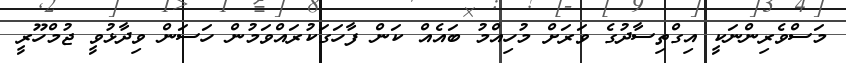
މަސްވެރިންނަކީ އިގްތިސާދުގެ ވަރަށް މުހިއްމު ބައެއް ކަން ފާހަގަކުރައްވަމުން ހަސަން ވިދާޅުވީ ޖުމްހޫރީ